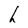
Character: h